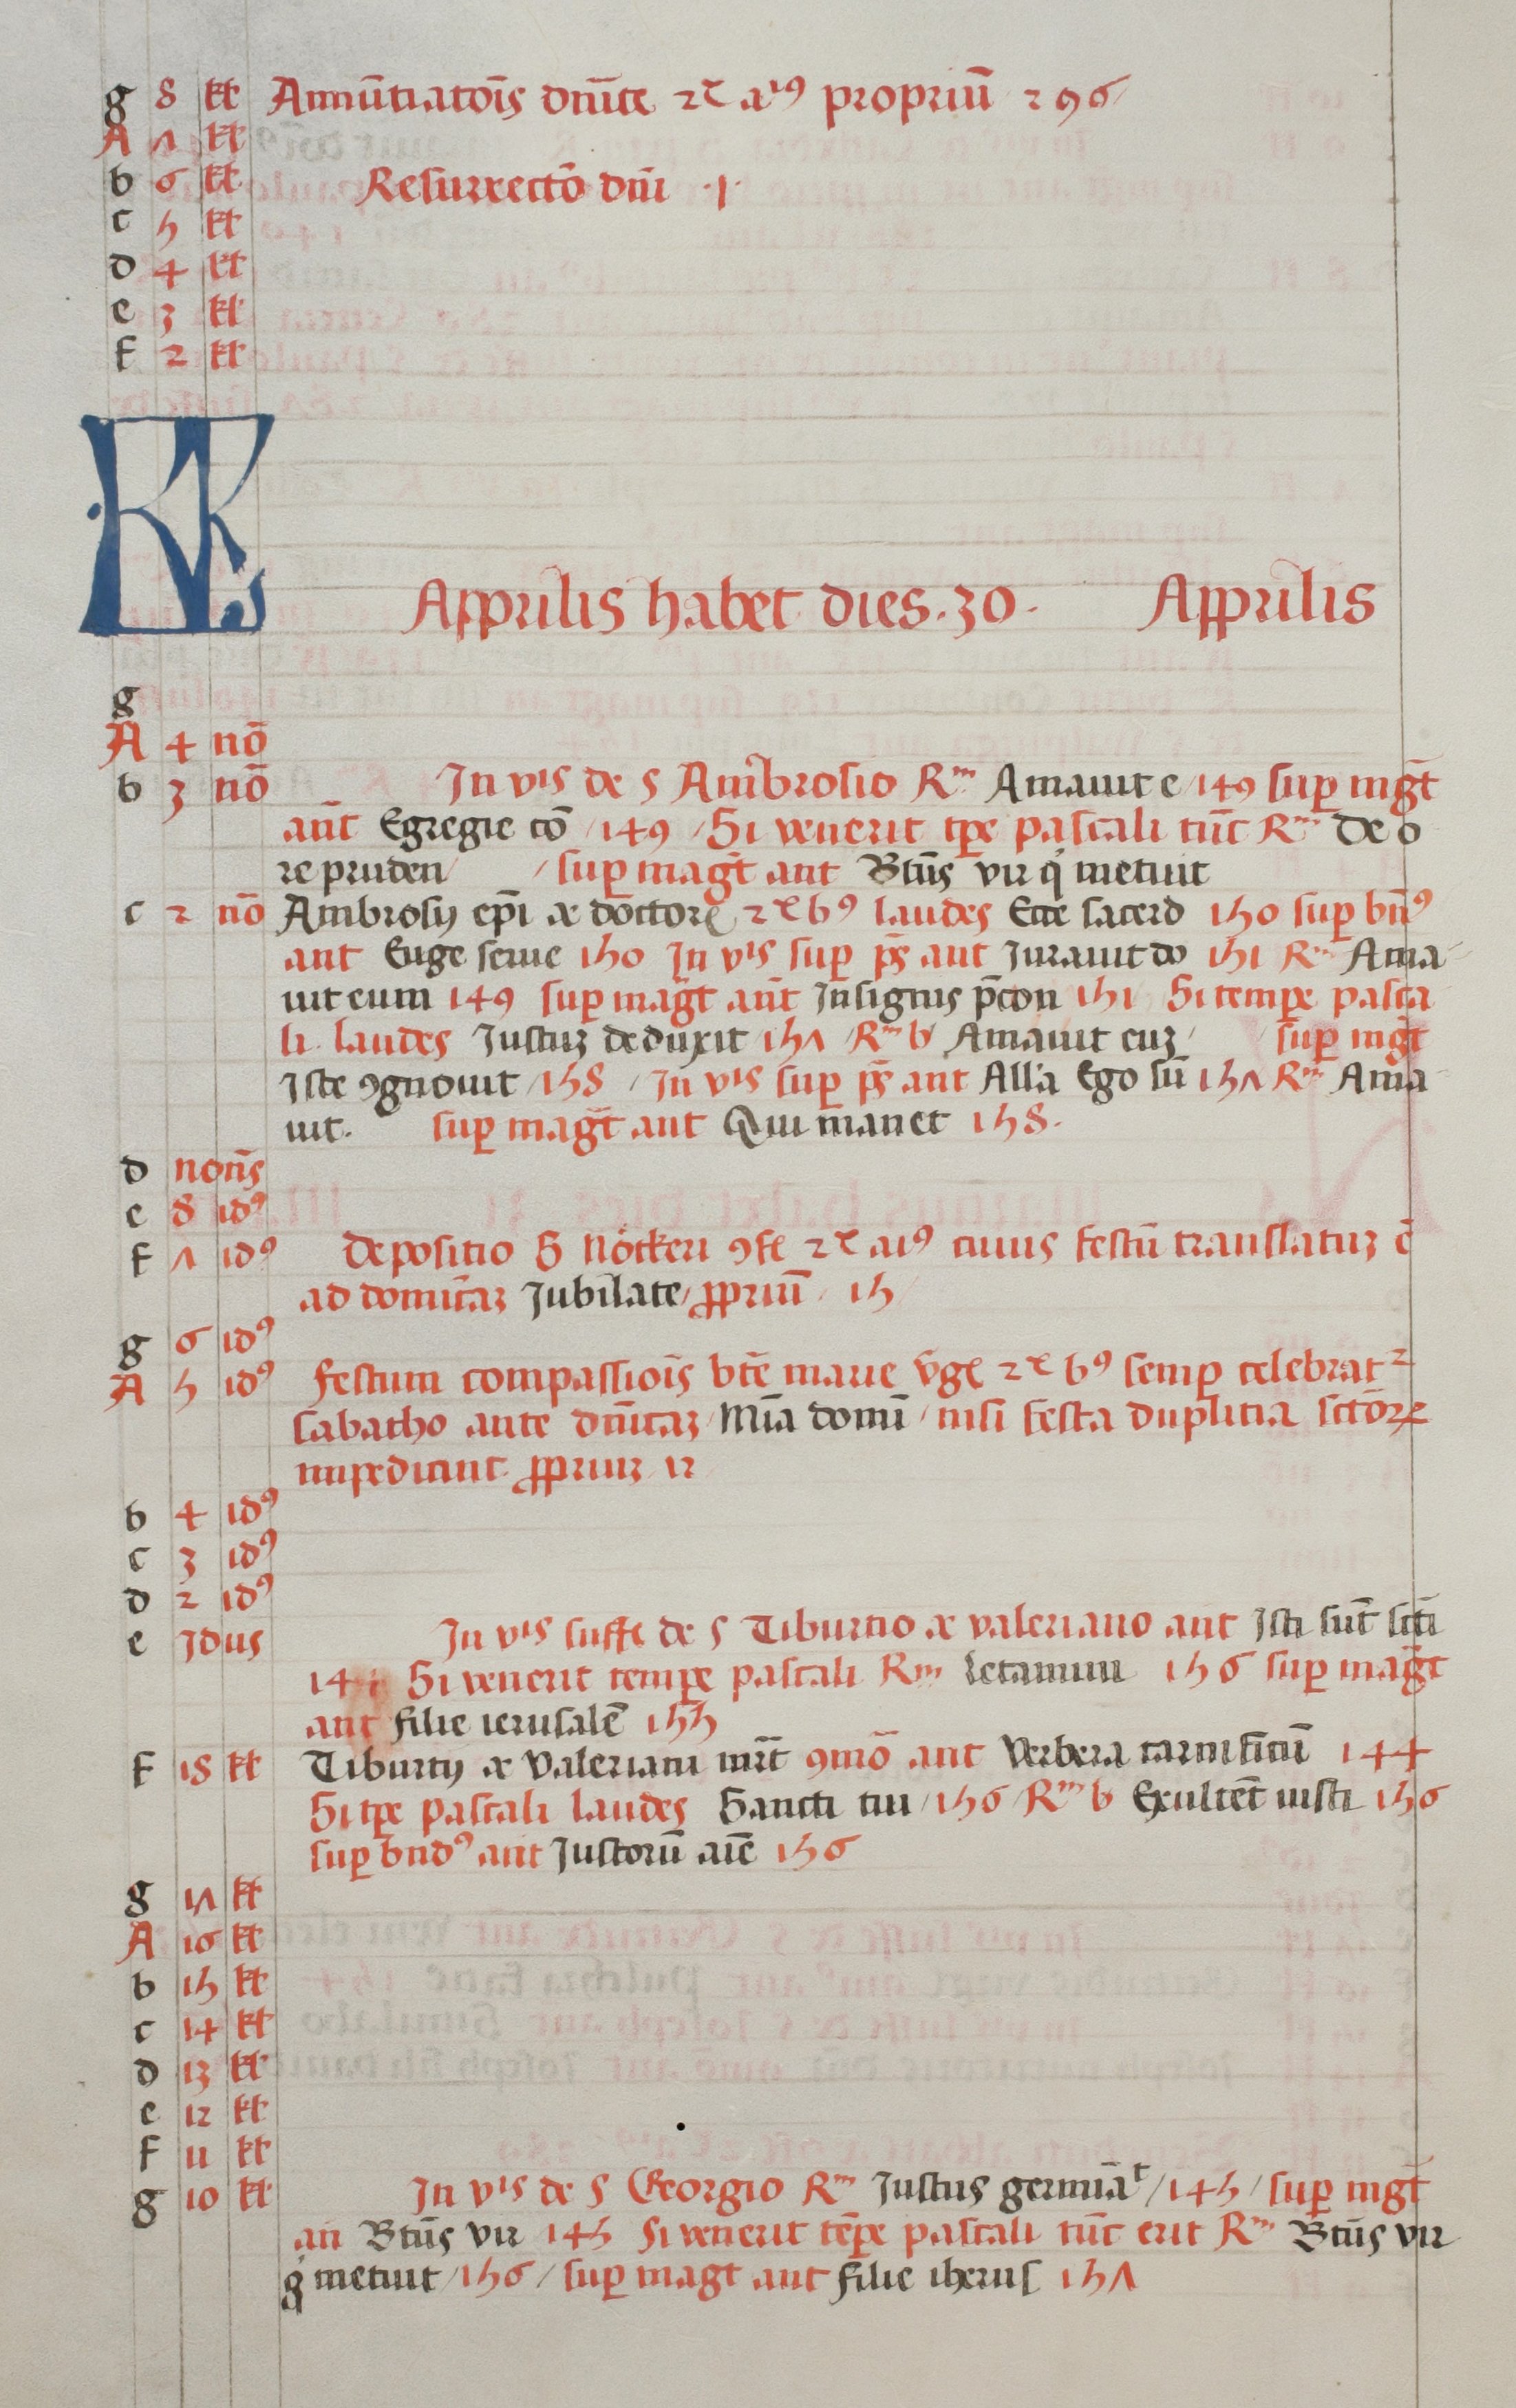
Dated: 1544–1544